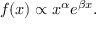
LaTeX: f ( x ) \propto x ^ { \alpha } e ^ { \beta x } .